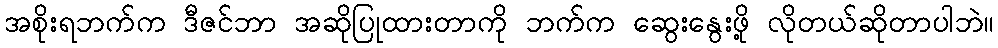
အစိုးရဘက်က ဒီဇင်ဘာ အဆိုပြုထားတာကို ဘက်က ဆွေးနွေးဖို့ လိုတယ်ဆိုတာပါဘဲ။